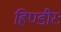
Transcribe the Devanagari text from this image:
हिण्डीरः